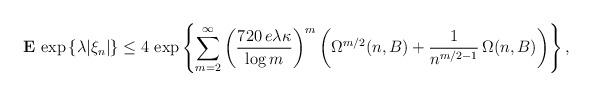
LaTeX: \begin{align*}{\bf E}\,\exp \left\{ \lambda |\xi _{n}|\right\} \le 4\,\exp \left\{\sum_{m=2}^{\infty }\left( \frac{720\,e\lambda \kappa }{\log m}\right)^{m}\left( \Omega ^{m/2}(n,B)+\frac{1}{n^{m/2-1}}\,\Omega (n,B)\right)\right\} , \end{align*}